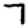
Digit: 7